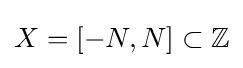
X=[-N,N]\subset \mathbb {Z}